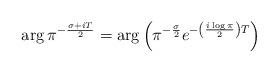
LaTeX: \begin{align*} \arg \pi^{-\frac{\sigma+iT}{2}}=\arg \left(\pi^{-\frac{\sigma}{2}}e^{-\left(\frac{i\log \pi}{2}\right)T}\right) \end{align*}